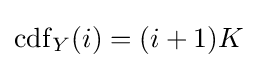
\operatorname {cdf} _{Y}(i)=(i+1)K